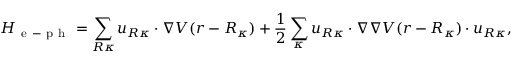
H _ { \mathrm { ~ e ~ - ~ p ~ h ~ } } = \sum _ { \boldsymbol { R } \kappa } \boldsymbol { u } _ { \boldsymbol { R } \kappa } \cdot \nabla V ( \boldsymbol { r } - \boldsymbol { R } _ { \kappa } ) + \frac { 1 } { 2 } \sum _ { \kappa } \boldsymbol { u } _ { \boldsymbol { R } \kappa } \cdot \nabla \nabla V ( \boldsymbol { r } - \boldsymbol { R } _ { \kappa } ) \cdot \boldsymbol { u } _ { \boldsymbol { R } \kappa } ,